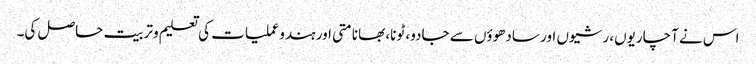
اس نے آچاریوں، رشیوں اور سادھوؤں سے جادو، ٹونا، بھانامتی اور ہندوعملیات کی تعلیم وتربیت حاصل کی۔